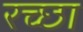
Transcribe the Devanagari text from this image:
रच्‍छा